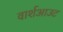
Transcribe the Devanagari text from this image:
वार्शआउट